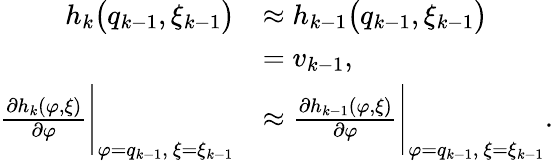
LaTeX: \begin{array}{rl}{h_{k}\big(q_{k-1},\xi_{k-1}\big)}&{\approx h_{k-1}\big(q_{k-1},\xi_{k-1}\big)}\\ &{=v_{k-1},}\\ {\frac{\partial h_{k}(\varphi,\xi)}{\partial\varphi}\Bigg|_{\varphi=q_{k-1},~\xi=\xi_{k-1}}}&{\approx\frac{\partial h_{k-1}(\varphi,\xi)}{\partial\varphi}\Bigg|_{\varphi=q_{k-1},~\xi=\xi_{k-1}}.}\end{array}